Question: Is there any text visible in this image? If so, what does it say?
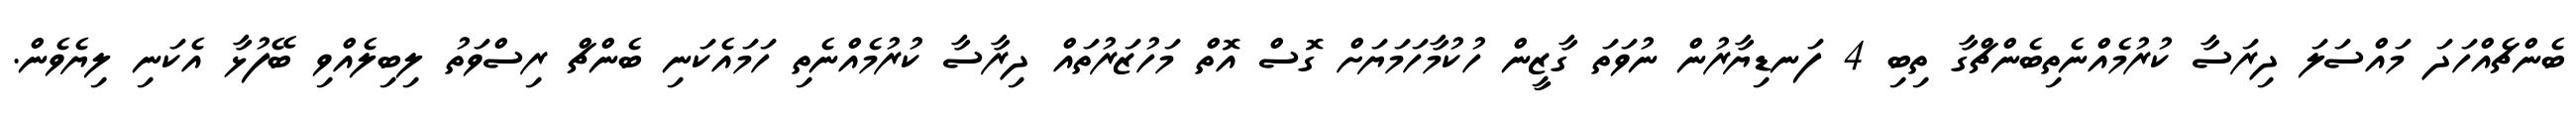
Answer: ބެންޗެއްހަދަ މައްސަލަ ދިރަސާ ކުރުމެއްނެތިބެންޗްގާ ތިބި 4 ފަނޑިޔާރުން ނުވަތަ ގާޒީން ހުކުމާހަމަޔަށް ގޮސް އޮތް މަހުޒަރުތައް ދިރާސާ ކުރުމެއްނެތި ހަމައެކަނި ބެންޗް ރިސްވަތު ލިބިލެއްވި ބޭފުޅާ އެކަނި ލިޔެވެން.